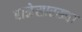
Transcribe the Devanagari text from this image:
राळेसारख्या